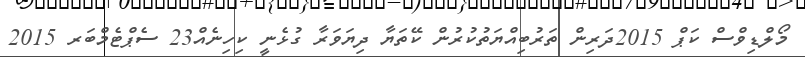
މޯލްޑިވްސް ކަޕް 2015ދަރިން ތަރުބިއްޔަތުކުރުން ކޭތަޔާ ދިޔަވަރާ ގުޅެނީ ކިހިނެއް23 ސެޕްޓެމްބަރ 2015